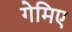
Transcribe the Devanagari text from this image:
गेमिए